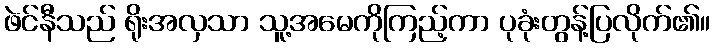
ဖဲင်နီသည် ရိုးအလှသာ သူ့အမေကိုကြည့်ကာ ပုခုံးတွန့်ပြလိုက်၏။